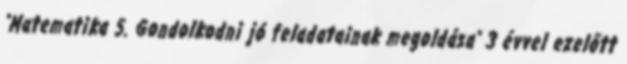
"Matematika 5. Gondolkodni jó feladatainak megoldása" 3 évvel ezelőtt